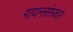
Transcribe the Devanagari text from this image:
गायनसंस्कार